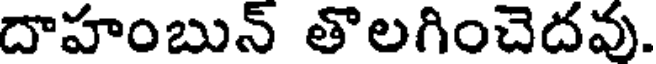
దాహంబున్ తొలగించెదవు.